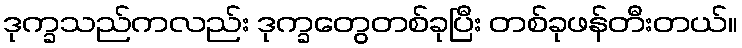
ဒုက္ခသည်ကလည်း ဒုက္ခတွေတစ်ခုပြီး တစ်ခုဖန်တီးတယ်။